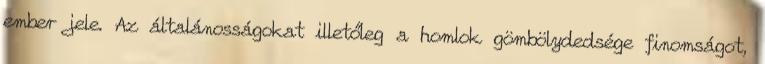
ember jele. Az általánosságokat illetőleg a homlok gömbölydedsége finomságot,